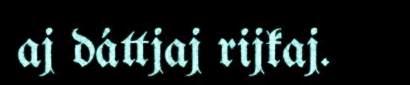
aj dáttjaj rijkaj.